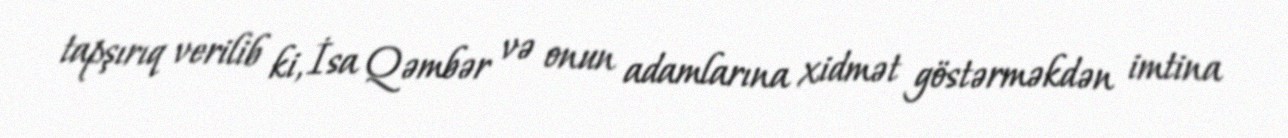
tapşırıq verilib ki, İsa Qəmbər və onun adamlarına xidmət göstərməkdən imtina